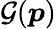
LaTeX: \mathcal{G}(\boldsymbol{p})